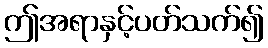
ဤအရာနှင့်ပတ်သက်၍